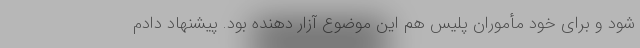
شود و برای خود مأموران پلیس هم این موضوع آزار دهنده بود. پیشنهاد دادم